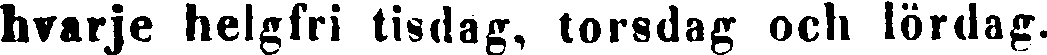
hvarje helgfri tisdag, torsdag och lördag.